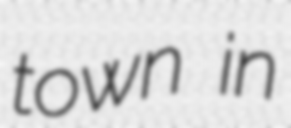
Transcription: town in